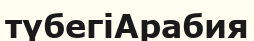
түбегіАрабия